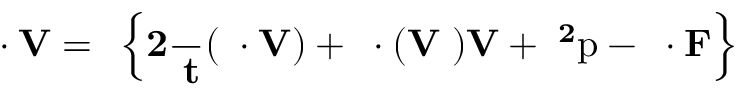
\it \nabla \cdot \bf V = \tau \left\{ 2 \frac { \partial } { \partial t } ( \nabla \cdot { \bf V } ) + \nabla \cdot ( { \bf V } \nabla ) { \bf V } + \nabla ^ { 2 } \mathrm { p - \nabla \cdot { \bf F } } \right\}